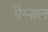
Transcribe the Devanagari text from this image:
पैग्नाल